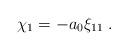
LaTeX: \begin{align*}\chi_1 = -a_0 \xi_{11} \;.\end{align*}